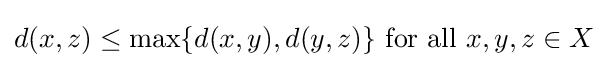
d(x,z)\leq \max\{d(x,y),d(y,z)\}{\text{ for all }}x,y,z\in X